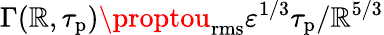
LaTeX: \Gamma(\mathbb{R},\tau_{\mathrm{{p}}})\proptou_{\mathrm{{rms}}}\varepsilon^{1/3}\tau_{\mathrm{{p}}}/\mathbb{R}^{5/3}